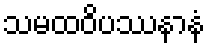
သမထဝိပဿနာနံ